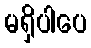
မရှိပါပေ